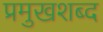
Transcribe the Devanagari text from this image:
प्रमुखशब्द